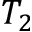
T _ { 2 }